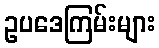
ဥပဒေကြမ်းများ